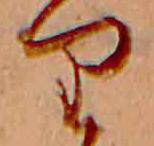
り